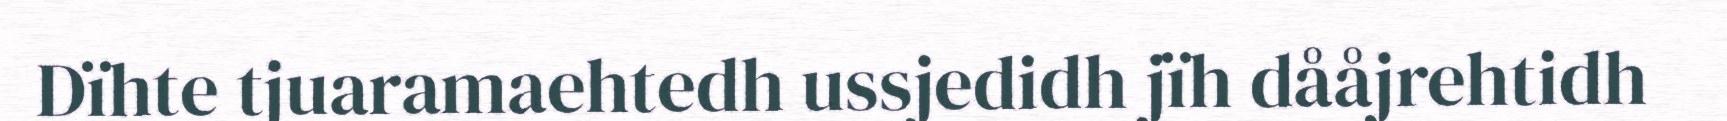
Dïhte tjuaramaehtedh ussjedidh jïh dååjrehtidh